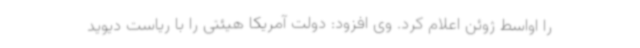
را اواسط ژوئن اعلام کرد. وی افزود: دولت آمریکا هیئتی را با ریاست دیوید